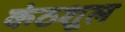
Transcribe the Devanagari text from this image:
कंठशूल